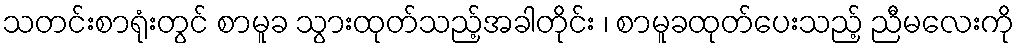
သတင်းစာရုံးတွင် စာမူခ သွားထုတ်သည့်အခါတိုင်း ၊ စာမူခထုတ်ပေးသည့် ညီမလေးကို